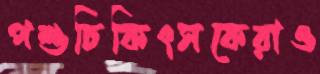
পশুচিকিৎসকেরাও